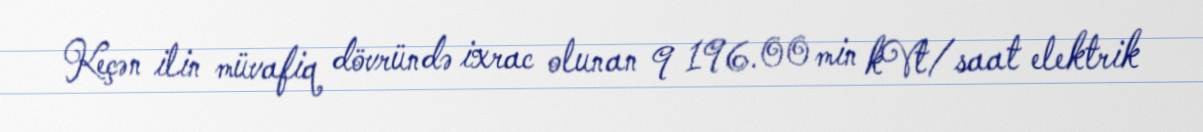
Keçən ilin müvafiq dövründə ixrac olunan 9 196.00 min kVt/saat elektrik